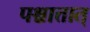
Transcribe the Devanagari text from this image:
पश्चात्तात्‌